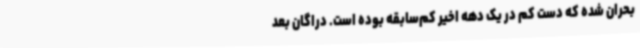
بحران شده که دست‌ کم در یک دهه اخیر کم‌سابقه بوده است. دراگان بعد